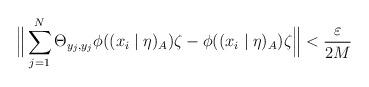
LaTeX: \begin{align*}\Big\|\sum_{j=1}^N \Theta_{y_j,y_j} \phi((x_i\mid \eta)_A) \zeta - \phi((x_i\mid \eta)_A) \zeta \Big\| < \frac{\varepsilon}{2M}\end{align*}